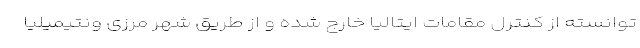
توانسته از کنترل مقامات ایتالیا خارج شده و از طریق شهر مرزی ونتیمیلیا